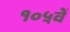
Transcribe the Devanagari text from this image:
१०५वें